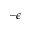
- \mathcal { \epsilon }